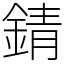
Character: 錆